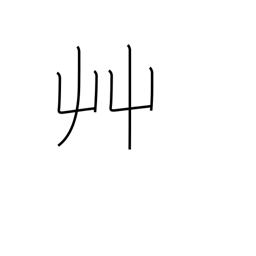
Meaning: grass radical (no. 140)